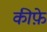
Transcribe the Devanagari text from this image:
कीफ़े